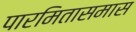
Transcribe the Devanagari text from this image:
पारमितासमास